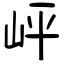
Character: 岼